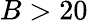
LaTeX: B>20